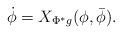
LaTeX: \begin{align*} \dot \phi &= X_{ \Phi^\ast g }(\phi,\bar\phi).\end{align*}